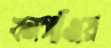
বনগাঁওয়ে